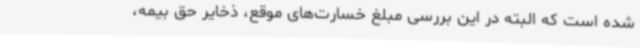
شده است که البته در این بررسی مبلغ خسارت‌های موقع، ذخایر حق بیمه،